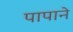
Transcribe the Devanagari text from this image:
पापाने